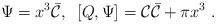
LaTeX: \begin{align*}\Psi=x^3\bar{\cal C},\;\;[Q,\Psi]={\cal C}\bar{\cal C}+ \pi x^3\;.\end{align*}